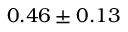
0 . 4 6 \pm 0 . 1 3